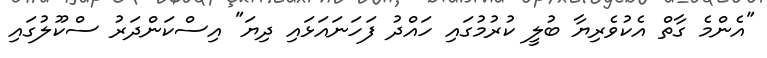
"އެންމެ ގާތް އެކުވެރިޔާ ބުލީ ކުރުމުގައި ހައްދު ފަހަނައަޅައި ދިޔަ" އިސްކަންދަރު ސްކޫލުގައި